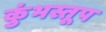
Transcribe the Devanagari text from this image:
कुंभस्तूप